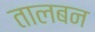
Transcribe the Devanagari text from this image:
तालबन